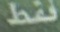
ققط